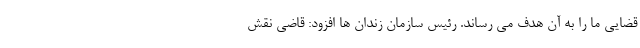
قضایی ما را به آن هدف می رساند. رئیس سازمان زندان ها افزود: قاضی نقش